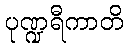
ပုဏ္ဍရီကာတိ